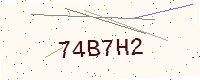
Text: 74B7H2